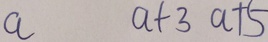
a a + 3 a + 5